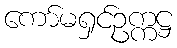
ကော်မရှင်ဥက္ကဋ္ဌ